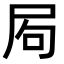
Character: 𡱈